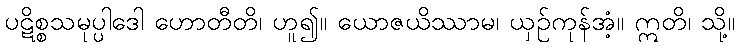
ပဋိစ္စသမုပ္ပါဒေါ ဟောတီတိ၊ ဟူ၍။ ယောဇယိဿာမ၊ ယှဉ်ကုန်အံ့။ ဣတိ၊ သို့။